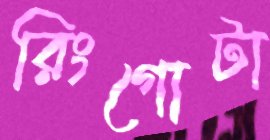
রিংগোটা